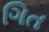
ગિત